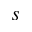
s